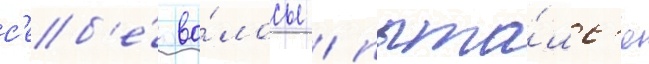
с'еб'е́ во́лосы / пыта́лс'я